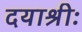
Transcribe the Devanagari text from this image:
दयाश्रीः